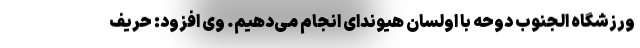
ورزشگاه الجنوب دوحه با اولسان هیوندای انجام می‌دهیم. وی افزود: حریف